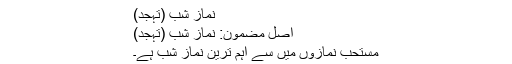
نماز شب (تہجد)
اصل مضمون: نماز شب (تہجد)
مستحب نمازوں میں سے اہم ترین نماز شب ہے۔